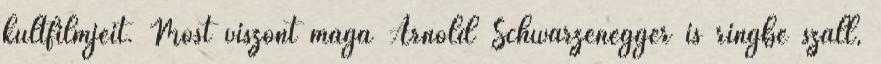
kultfilmjeit. Most viszont maga Arnold Schwarzenegger is ringbe száll,